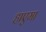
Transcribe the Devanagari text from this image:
हाएमा